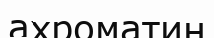
ахроматин